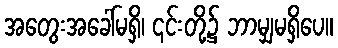
အတွေးအခေါ်မရှိ၊ ၎င်းတို့၌ ဘာမျှမရှိပေ။